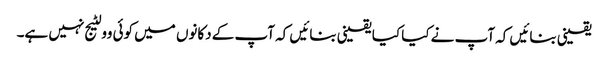
یقینی بنائیں کہ آپ نے کیا کیا یقینی بنائیں کہ آپ کے دکانوں میں کوئی وولٹیج نہیں ہے۔